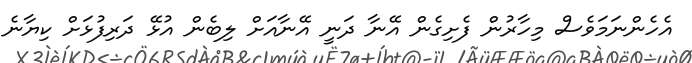
އެހެންނަމަވެސް މިހާރުން ފެށިގެން އޭނާ ދަނީ އޭނާއަށް ލިބެން އުޅޭ ދަރިފުޅަށް ކިޔާނެ